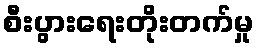
စီးပွားရေးတိုးတက်မှု